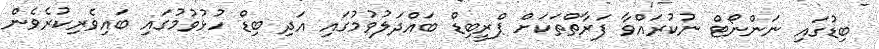
ބިޑުގައި ނަންނޯޓް ނުކުރައްވާ ފަރާތްތަކަށް ޕްރީބިޑް ބައްދަލުވުމުގައި އަދި ބިޑް ހުޅުވުމުގައި ބައިވެރިކުރެވެން